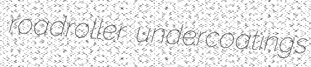
roadroller undercoatings